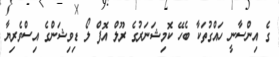
ގެ އިންސާނީ ހައްގުތަކާ ބެހޭ ކޮމިޝަނަރުގެ ރޫލް އޮފް ލޯ ޑިވިޝަންގެ އިސްވެރިޔާ